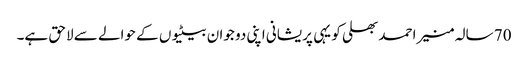
70 سالہ منیر احمد بھلی کو یہی پریشانی اپنی دو جوان بیٹیوں کے حوالے سے لاحق ہے۔